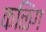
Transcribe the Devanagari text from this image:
कळिंग